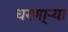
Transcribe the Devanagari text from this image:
धरणा्र्‍या